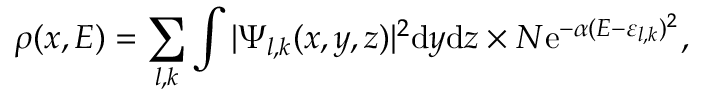
\rho ( x , E ) = \sum _ { l , k } \int | \Psi _ { l , k } ( x , y , z ) | ^ { 2 } \mathrm { d } y \mathrm { d } z \times N \mathrm { e } ^ { - \alpha ( E - \varepsilon _ { l , k } ) ^ { 2 } } ,